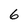
Character: 6